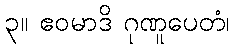
၃။ ဧဝမာဒိ ဂုဏူပေတံ၊